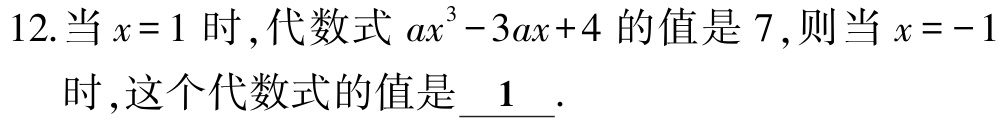
12.当\(x = 1\) 时 ,代数式 \(ax^{3}-3ax + 4\) 的值是 \(7\),则当 \(x = - 1\) 时 ,这个代数式的值是\(\underline{ 1 }\).